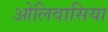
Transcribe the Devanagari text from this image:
ओलिवासिया